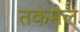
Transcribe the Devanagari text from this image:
तकमेल